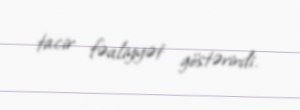
tacir fəaliyyət göstərirdi.